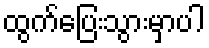
ထွက်ပြေးသွားမှာပါ